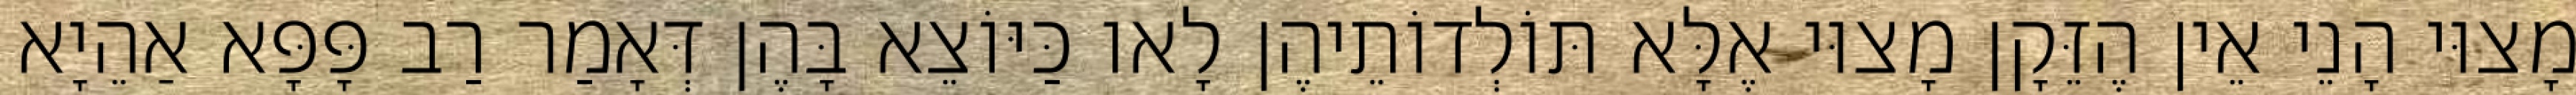
מָצוּי הָנֵי אֵין הֶזֵּקָן מָצוּי אֶלָּא תּוֹלְדוֹתֵיהֶן לָאו כַּיּוֹצֵא בָּהֶן דְּאָמַר רַב פָּפָּא אַהֵיָא